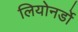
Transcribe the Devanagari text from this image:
लियोनर्डो